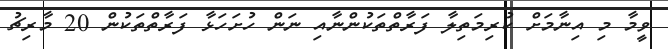
ވީމާ މި އިނާމަށް ކުރިމަތިލާ ފަރާތްތަކުންނާއި ނަން ހުށަހަޅާ ފަރާތްތަކުން 20 މާރިޗު